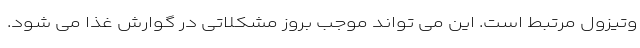
وتیزول مرتبط است. این می تواند موجب بروز مشکلاتی در گوارش غذا می شود.